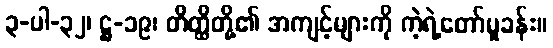
၃-ပါ-၃၂၊ ဋ္ဌ-၁၉၊ တိတ္ထိတို့၏ အကျင့်များကို ကဲ့ရဲ့တော်မူခန်း။